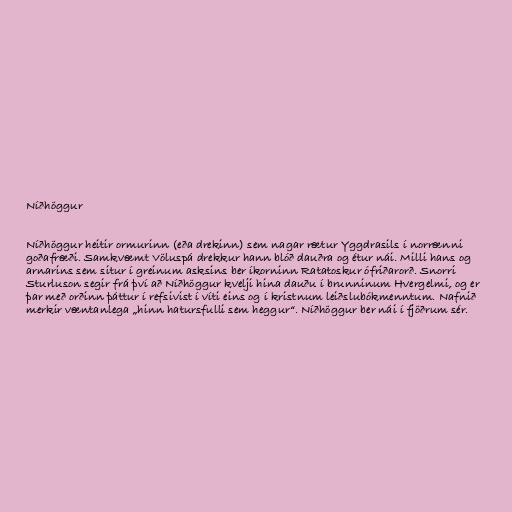
Níðhöggur

Níðhöggur heitir ormurinn (eða drekinn) sem nagar rætur Yggdrasils í norrænni
goðafræði. Samkvæmt Völuspá drekkur hann blóð dauðra og étur nái. Milli hans og
arnarins sem situr í greinum asksins ber íkorninn Ratatoskur ófriðarorð. Snorri
Sturluson segir frá því að Níðhöggur kvelji hina dauðu í brunninum Hvergelmi, og er
þar með orðinn þáttur í refsivist í víti eins og í kristnum leiðslubókmenntum. Nafnið
merkir væntanlega „hinn hatursfulli sem heggur“. Níðhöggur ber nái í fjöðrum sér.